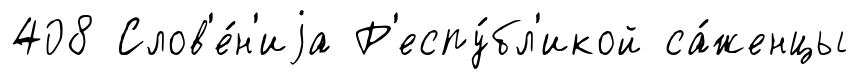
408 Слов'е́н'иjа Р'еспу́бл'икой са́женцы